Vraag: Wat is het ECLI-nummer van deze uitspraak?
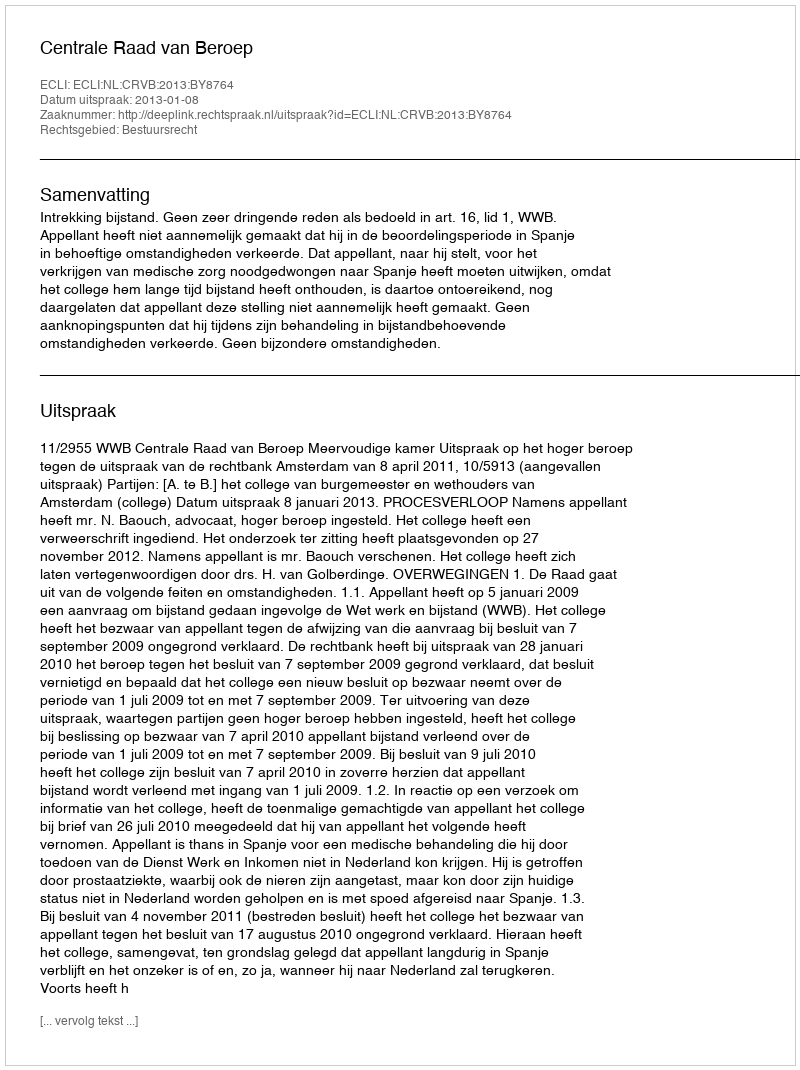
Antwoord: ECLI:NL:CRVB:2013:BY8764